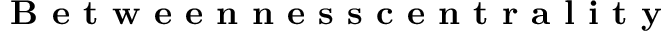
\textbf { B e t w e e n n e s s c e n t r a l i t y }